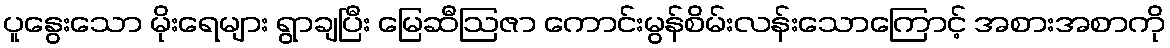
ပူနွေးသော မိုးရေများ ရွာချပြီး မြေဆီဩဇာ ကောင်းမွန်စိမ်းလန်းသောကြောင့် အစားအစာကို